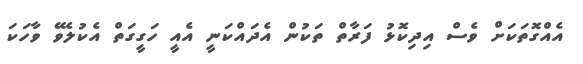
އެއްގޮތަކަށް ވެސް އިދިކޮޅު ފަރާތް ތަކުން އެދައްކަނީ އެއީ ހަގީގަތް އެކުލެވޭ ވާހަކަ